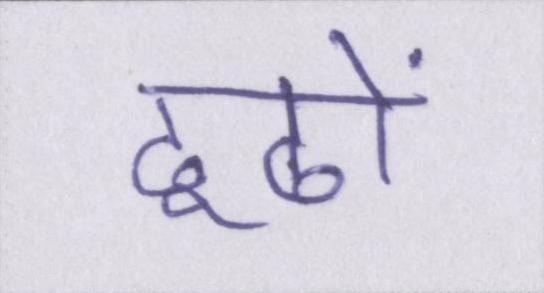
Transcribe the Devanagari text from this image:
ढूढों